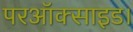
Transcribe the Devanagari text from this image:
परऑक्साइड।